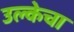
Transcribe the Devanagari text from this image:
उल्केचा